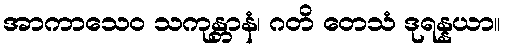
အာကာသေဝ သကုန္တာနံ၊ ဂတိ တေသံ ဒုရန္နယာ။